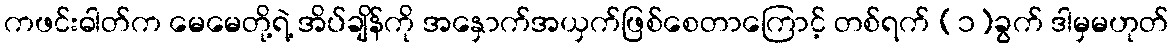
ကဖင်းဓါတ်က မေမေတို့ရဲ့ အိပ်ချိန်ကို အနှောက်အယှက်ဖြစ်စေတာကြောင့် တစ်ရက် (၁)ခွက် ဒါမှမဟုတ်